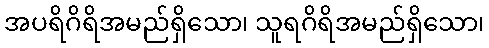
အပရိဂိရိအမည်ရှိသော၊ သူရဂိရိအမည်ရှိသော၊